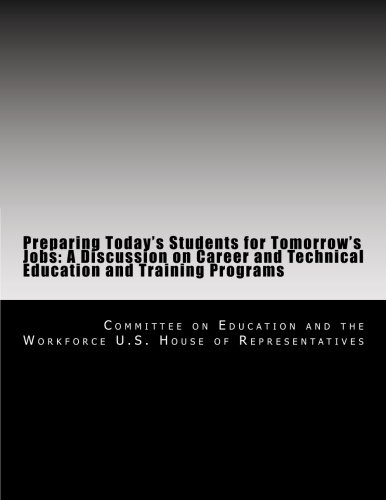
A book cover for Preparing Today's Students for Tomorrow's Jobs: A Discussion on Career and Technical Education and Training Programs; Committee on Education and the Workforce U.S. House of Representatives; Education & Teaching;